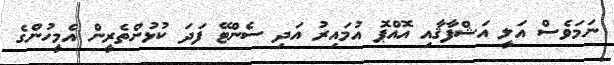
ނަމަވެސް އަލީ އަޝްފާޤާއި އޮއްޕޮ އުމައިރު އަދި ސެންޓޭ ފަދަ ކުޅުންތެރީން އެމީހުންގެ